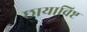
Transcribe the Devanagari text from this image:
छायाविष्ट